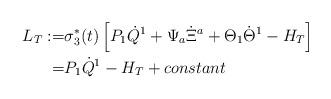
LaTeX: \begin{align*}L_{T}:=&\sigma^{*}_{3}(t)\left[P_{1}\dot{Q}^{1}+\Psi_{a}\dot{\Xi}^{a}+\Theta_{1}\dot{\Theta}^{1}-H_{T}\right]\\=&P_{1}\dot{Q}^{1}-H_{T}+{constant}\end{align*}